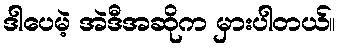
ဒါပေမဲ့ အဲဒီအဆိုက မှားပါတယ်။